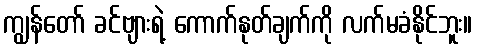
ကျွန်တော် ခင်ဗျားရဲ့ ကောက်နုတ်ချက်ကို လက်မခံနိုင်ဘူး။